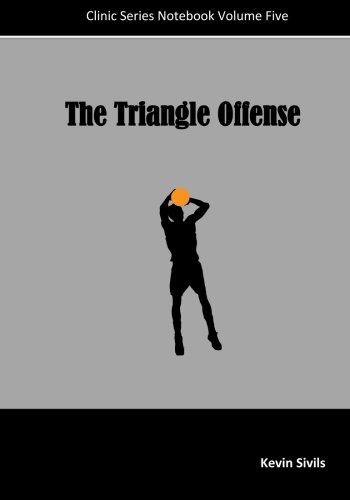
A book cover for The Triangle Offense; Kevin Sivils; Sports & Outdoors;